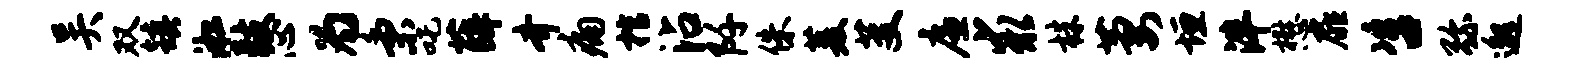
吴双镇淞鼓心为秉吒薛齐痛棺沾阡侏菱芟廉求株萋垣泮懋扉咨弥邈